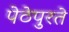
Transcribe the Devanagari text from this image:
पेठेपुरते